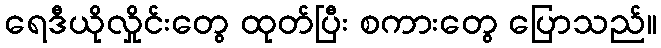
ရေဒီယိုလှိုင်းတွေ ထုတ်ပြီး စကားတွေ ပြောသည်။